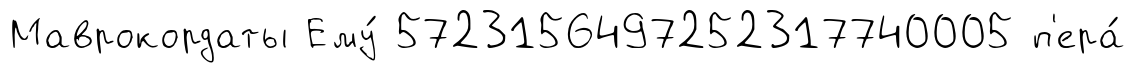
Маврокордаты Ему́ 5723156497252317740005 п'ера́